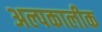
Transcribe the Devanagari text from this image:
अल्पकालीक